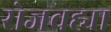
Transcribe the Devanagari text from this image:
रोजवह्या